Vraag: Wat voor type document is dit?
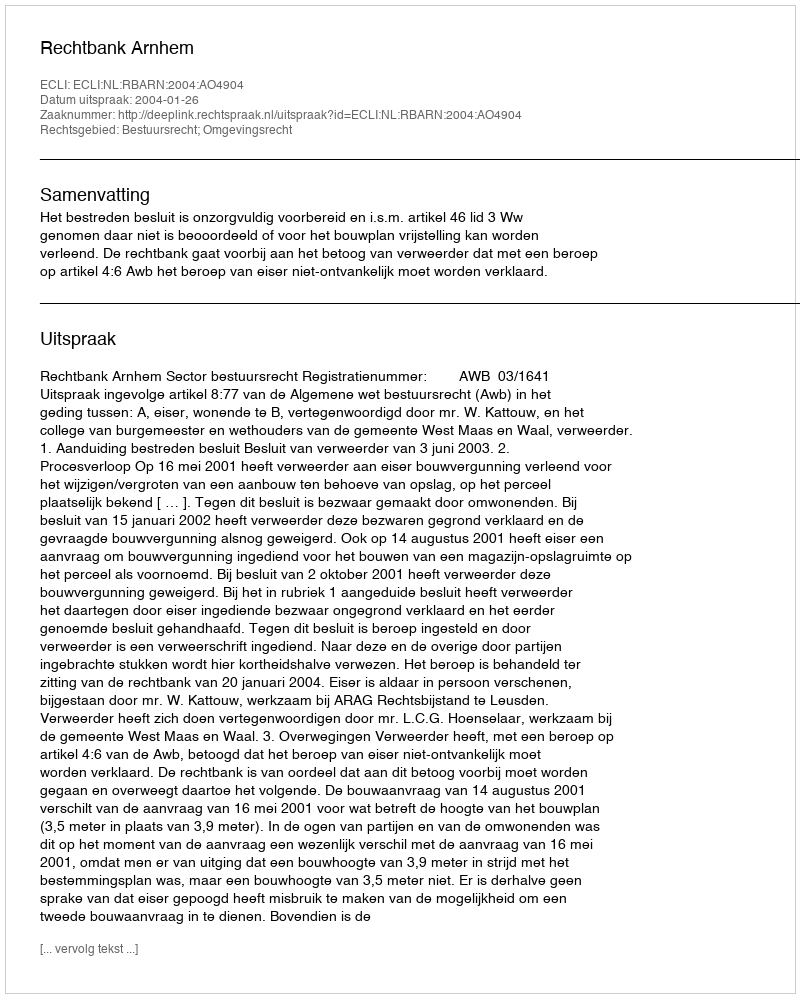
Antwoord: Uitspraak